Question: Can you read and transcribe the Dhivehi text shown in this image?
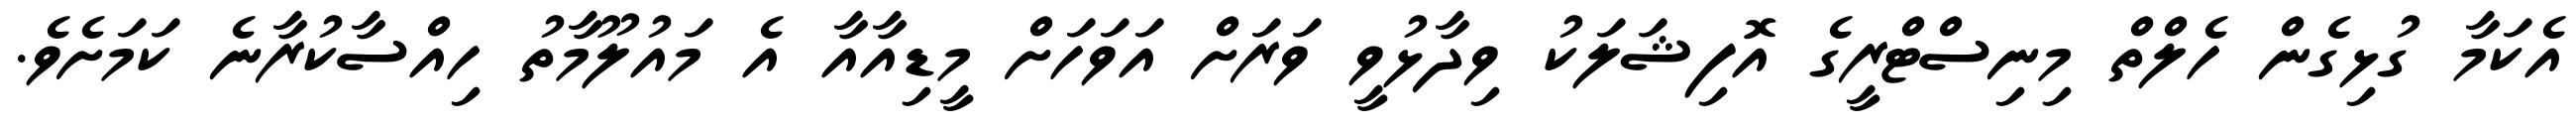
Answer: އެކަމާ ގުޅިގެން ހެލްތް މިނިސްޓްރީގެ އޮފިޝަލަކު ވިދާޅުވީ ވަރަށް އަވަހަށް މީޑިއާއާ އެ މައުލޫމާތު ހިއްސާކުރާނެ ކަމަށެވެ.